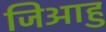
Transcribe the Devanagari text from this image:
जिआहु